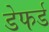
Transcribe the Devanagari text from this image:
डेफर्ड